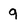
Character: 9